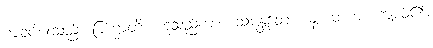
ကျခပ်ပါးသည်။ ဗြဟ္မာတိ၊ ဟူသည်ကား။ သမန္တတော၊ မှ။ မဟာ။ ကျယ်၏။